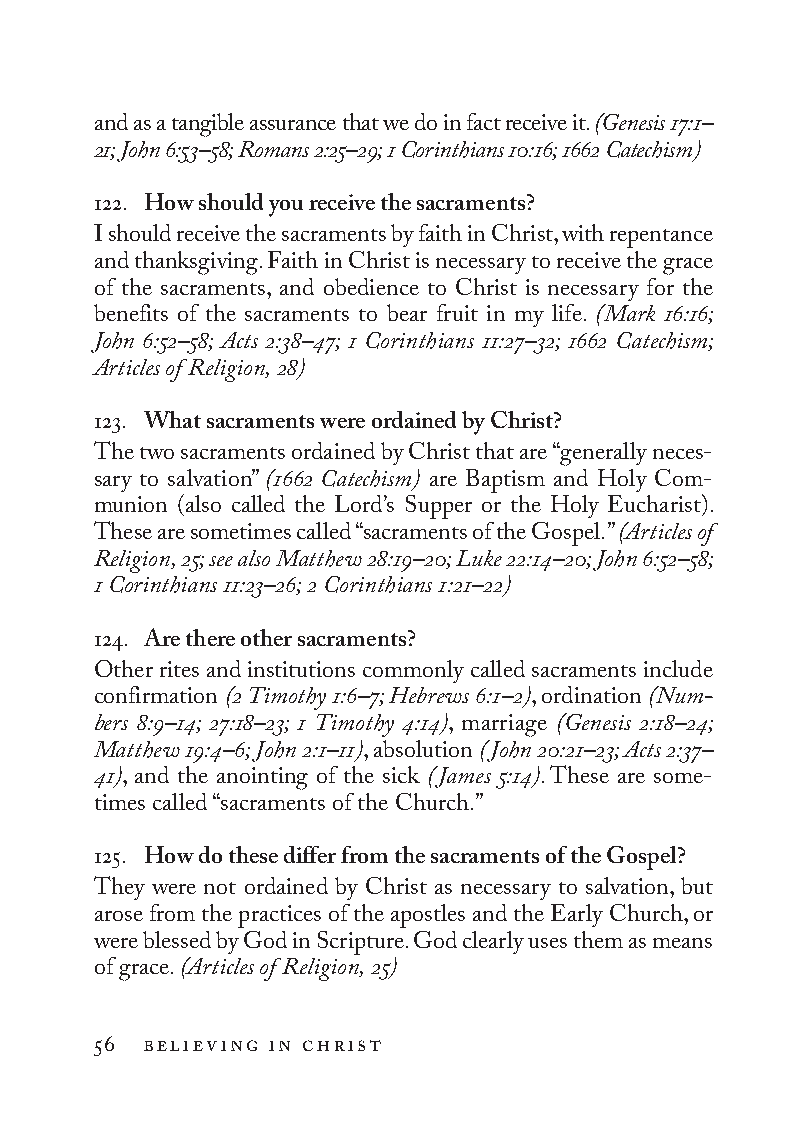
and as a tangible assurance that we do in fact receive it. (Genesis 17:1–
 21; John 6:53–58; Romans 2:25–29; 1 Cor int hia ns 10:16; 1662 Catechism)
 122. How should you receive the sacraments?
 I should receive the sacraments by faith in Christ, with repentance
 and thanksgiving. Faith in Christ is necessary to receive the grace
 of the sacraments, and obedience to Christ is necessary for the
 benefits of the sacraments to bear fruit in my life. (Mark 16:16;
 John 6:52–58; Acts 2:38–47; 1 Co rin thi ans 11:27–32; 1662 Catechism;
 Articles of Religion, 28)
 123. What sacraments were ordained by Christ?
 The two sacraments ordained by Christ that are “generally neces-
 sary to salvation” (1662 Catechism) are Baptism and Holy Com-
 munion (also called the Lord’s Supper or the Holy Eucharist).
 These are sometimes called “sacraments of the Gospel.” (Articles of
 Religion, 25; see also Matthew 28:19–20; Luke 22:14–20; John 6:52–58;
 1 Co rin thi ans 11:23–26; 2 Co rin thi ans 1:21–22)
 124. Are there other sacraments?
 Other rites and institutions commonly called sacraments include
 confirmation (2 Timothy 1:6–7; Hebrews 6:1–2), ordination (Num­
 bers 8:9–14; 27:18–23; 1 Timothy 4:14), marriage (Genesis 2:18–24;
 Matthew 19:4–6; John 2:1–11), absolution (John 20:21–23; Acts 2:37–
 41), and the anointing of the sick (James 5:14). These are some-
 times called “sacraments of the Church.”
 125. How do these differ from the sacraments of the Gospel?
 They were not ordained by Christ as necessary to salvation, but
 arose from the practices of the apostles and the Early Church, or
 were blessed by God in Scripture. God clearly uses them as means
 of grace. (Articles of Religion, 25)
 56 believing in christ
 To be a Christian.566776.int.indd 56        11/13/19 1:31 PM